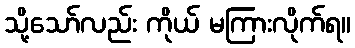
သို့သော်လည်း ကိုယ် မကြားလိုက်ရ။